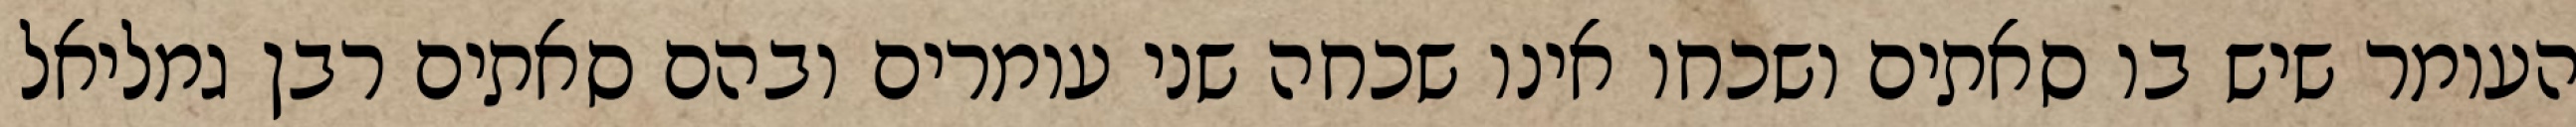
העומר שיש בו סאתים ושכחו אינו שכחה שני עומרים ובהם סאתים רבן גמליאל